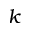
k